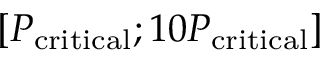
\left[ P _ { \mathrm { c r i t i c a l } } ; 1 0 P _ { \mathrm { c r i t i c a l } } \right]